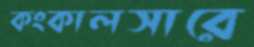
কংকালসারে